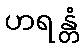
ဟရန္တံ